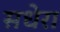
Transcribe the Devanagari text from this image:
सधेरा